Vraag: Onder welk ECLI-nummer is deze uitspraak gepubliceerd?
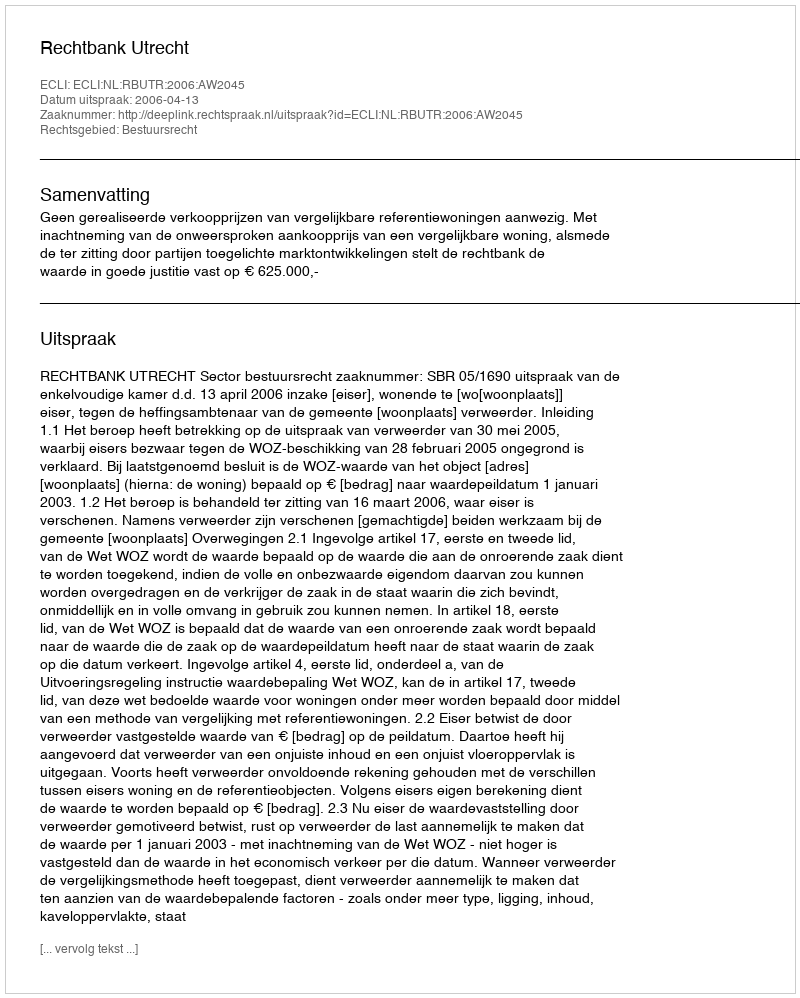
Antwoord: ECLI:NL:RBUTR:2006:AW2045